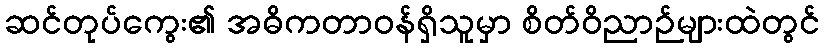
ဆင်တုပ်ကွေး၏ အဓိကတာဝန်ရှိသူမှာ စိတ်ဝိညာဉ်များထဲတွင်